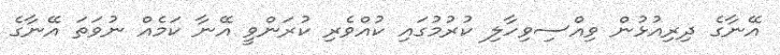
އޭނާގެ ދިރިއުޅުން ވިއްސިވިހާލި ކުރުމުގައި ކުއްވެރި ކުރަންވީ އޭނާ ކަމެއް ނުވަތަ އޭނާގެ